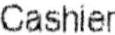
CASHIER